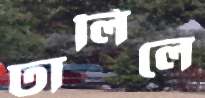
ঢালিলে